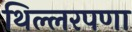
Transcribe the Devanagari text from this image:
थिल्लरपणा